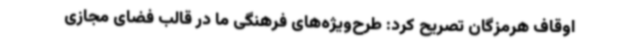
اوقاف هرمزگان تصریح کرد: طرح‌ویژه‌های فرهنگی ما در قالب فضای مجازی